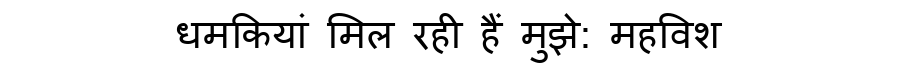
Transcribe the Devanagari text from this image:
धमकियां मिल रही हैं मुझे: महविश